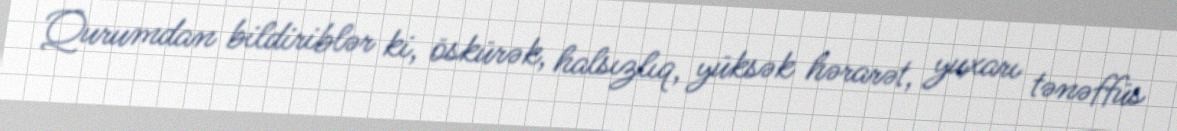
Qurumdan bildiriblər ki, öskürək, halsızlıq, yüksək hərarət, yuxarı tənəffüs